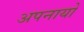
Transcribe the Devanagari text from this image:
अपनायो